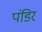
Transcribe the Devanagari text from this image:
पंडिर